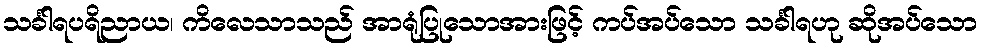
သင်္ခါရပရိညာယ၊ ကိလေသာသည် အာရုံပြုသောအားဖြင့် ကပ်အပ်သော သင်္ခါရဟု ဆိုအပ်သော